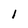
Character: 1